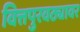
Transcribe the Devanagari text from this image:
वित्तपुरवठ्यावर